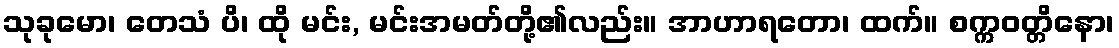
သုခုမော၊ တေသံ ပိ၊ ထို မင်း, မင်းအမတ်တို့၏လည်း။ အာဟာရတော၊ ထက်။ စက္ကဝတ္တိနော၊